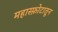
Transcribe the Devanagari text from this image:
महास्फ़ोटातून